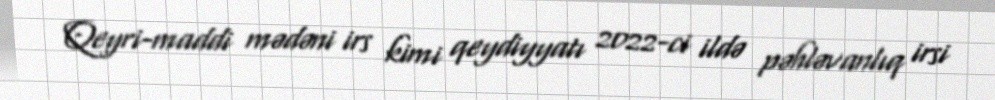
Qeyri-maddi mədəni irs kimi qeydiyyatı 2022-ci ildə pəhləvanlıq irsi